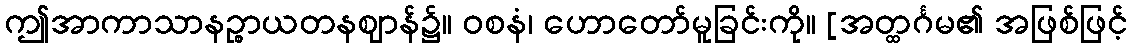
ဤအာကာသာနဉ္စာယတနဈာန်၌။ ဝစနံ၊ ဟောတော်မူခြင်းကို။ [အတ္ထင်္ဂမ၏ အဖြစ်ဖြင့်